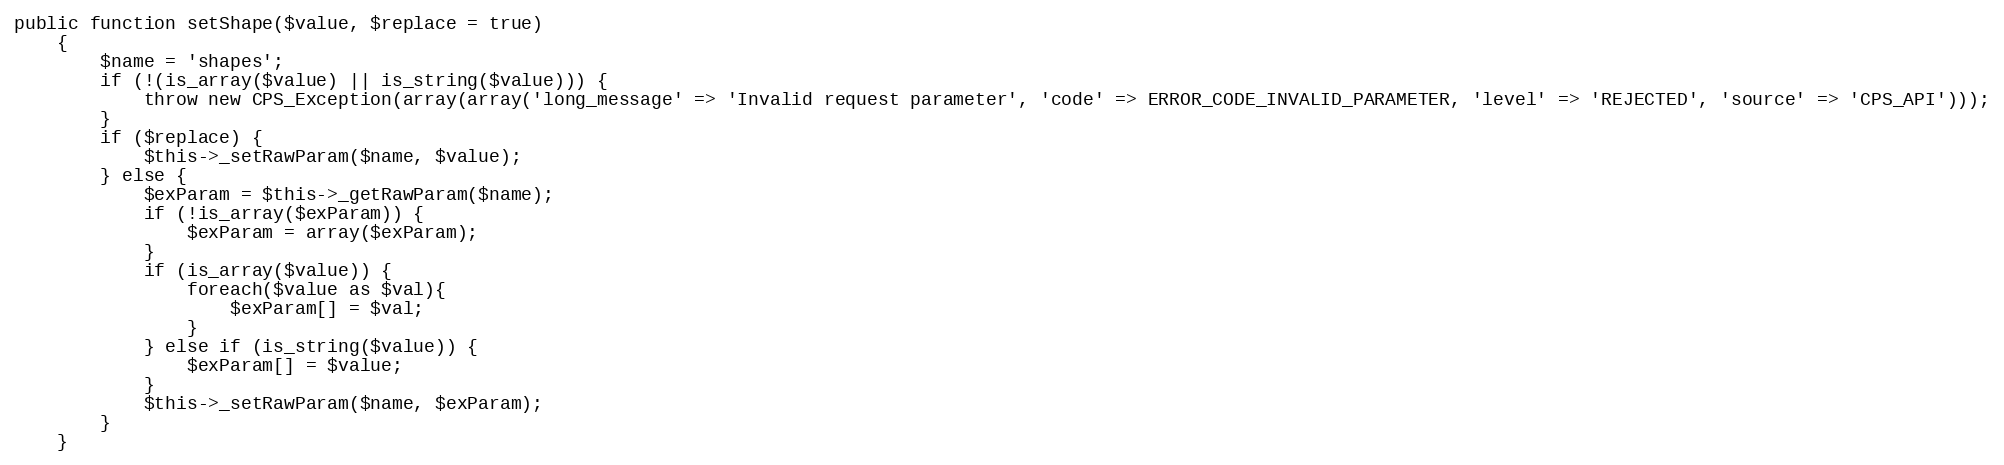
Language: PHP
public function setShape($value, $replace = true)
    {
        $name = 'shapes';
        if (!(is_array($value) || is_string($value))) {
            throw new CPS_Exception(array(array('long_message' => 'Invalid request parameter', 'code' => ERROR_CODE_INVALID_PARAMETER, 'level' => 'REJECTED', 'source' => 'CPS_API')));
        }
        if ($replace) {
            $this->_setRawParam($name, $value);
        } else {
            $exParam = $this->_getRawParam($name);
            if (!is_array($exParam)) {
                $exParam = array($exParam);
            }
            if (is_array($value)) {
                foreach($value as $val){
                    $exParam[] = $val;
                }
            } else if (is_string($value)) {
                $exParam[] = $value;
            }
            $this->_setRawParam($name, $exParam);
        }
    }